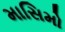
માસિમો